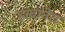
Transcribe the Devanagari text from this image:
हाबानेरा